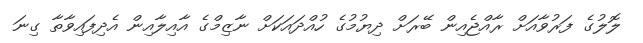
ލޮލުގެ ފަރުވާއަށް ރާއްޖެއިން ބޭރަށް ދިޔުމުގެ ހުއްދައަކަށް ނާޒިމްގެ އާއިލާއިން އެދިފައިވާތާ ގިނަ